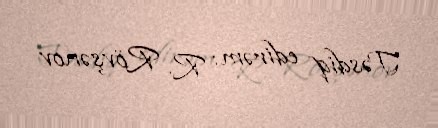
Təsdiq edirəm: R. Rövşənov